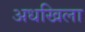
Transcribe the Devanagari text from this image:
अधखिला